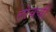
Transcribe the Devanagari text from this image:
लोबची